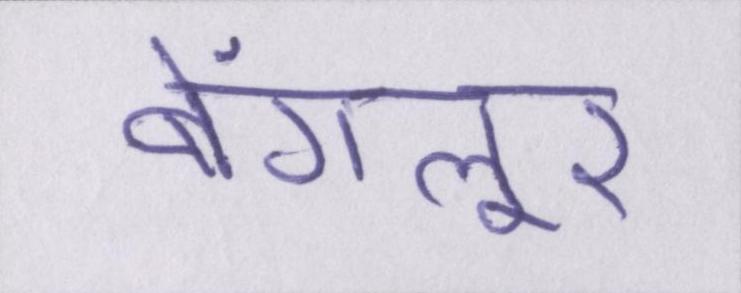
बेंगलूर